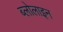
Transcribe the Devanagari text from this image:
ब्लोलाइन